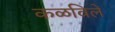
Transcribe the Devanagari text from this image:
कळविलें